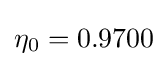
\eta _{0}=0.9700